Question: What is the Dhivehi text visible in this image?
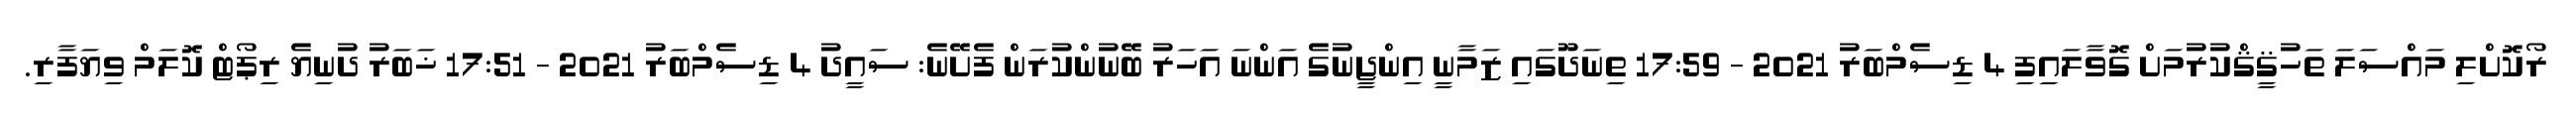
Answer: ރޯކޮށްލި މައްސަލަ ތަހުޤީޤްކުރުމަށް ގޮވާލައިފި 4 ޑިސެމްބަރު 2021 - 17:59 ތިނަދޫގައި ޒަމާނީ އިންޖީނުގެ އަންނަ އަހަރު ބޭނުންކުރަން ފެށޭނެ: ސައީދު 4 ޑިސެމްބަރު 2021 - 17:51 ޚަބަރު ދުނިޔެ ރިޕޯޓް ކޮލަމް ވިޔަފާރި.